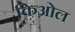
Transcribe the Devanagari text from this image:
किओल